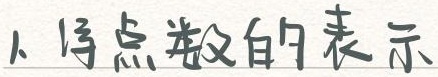
1. 浮点数的表示